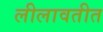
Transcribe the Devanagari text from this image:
लीलावतीत